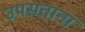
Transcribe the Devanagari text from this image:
उपसताना